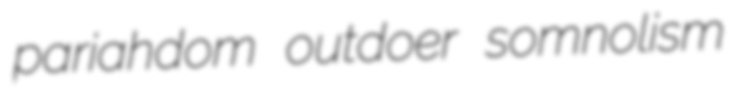
pariahdom outdoer somnolism